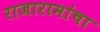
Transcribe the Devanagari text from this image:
राजारामांचा